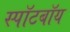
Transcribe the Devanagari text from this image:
स्पॉटबॉय